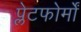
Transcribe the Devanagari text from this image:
प्लेटफोर्मों